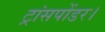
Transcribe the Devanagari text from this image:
ट्रांसपोंडर।